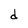
Character: d